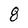
Character: 8